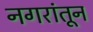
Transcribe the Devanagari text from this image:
नगरांतून